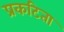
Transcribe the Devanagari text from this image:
प्रकटिता